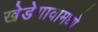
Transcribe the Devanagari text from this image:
खेडेगावामध्ये